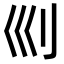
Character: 𠚴